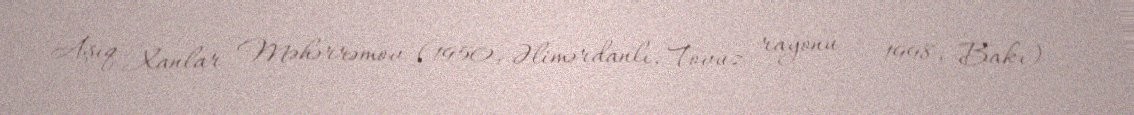
Aşıq Xanlar Məhərrəmov (1950, Əlimərdanlı, Tovuz rayonu – 1998, Bakı) —